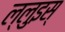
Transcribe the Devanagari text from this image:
ल्लुइस्